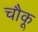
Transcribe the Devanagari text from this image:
चौकू